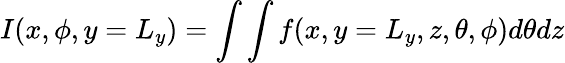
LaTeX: I(x,\phi,y=L_{y})=\int\int f(x,y=L_{y},z,\theta,\phi)d\theta dz